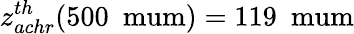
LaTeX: z_{achr}^{th}(500~\mathrm{\ mum})=119~\mathrm{\ mum}